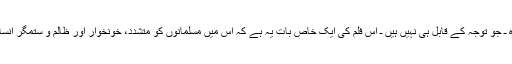
ان واہیات اور شرمناک مناظر کے علاوہ ـ جو توجہ کے قابل ہی نہیں ہیں ـ اس فلم کی ایک خاص بات یہ ہے کہ اس میں مسلمانوں کو متشدد، خونخوار اور ظالم و ستمگر انسانوں کے طور پر متعارف کرایا گیا ہے۔